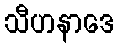
သီဟနာဒေ